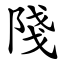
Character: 䧖